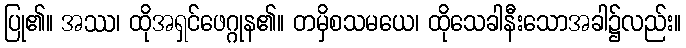
ပြု၏။ အဿ၊ ထိုအရှင်ဖေဂ္ဂုန၏။ တမှိစသမယေ၊ ထိုသေခါနီးသောအခါ၌လည်း။